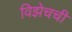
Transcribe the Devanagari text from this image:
विझेचची